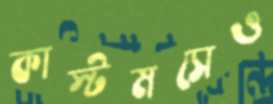
কাস্টমসেও